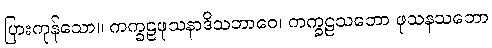
ပြားကုန်သော။ ကက္ခဠဖုသနာဒိသဘာဝေ၊ ကက္ခဠသဘော ဖုသနသဘော